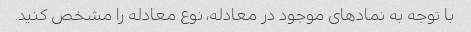
با توجه به نمادهای موجود در معادله، نوع معادله را مشخص کنید.